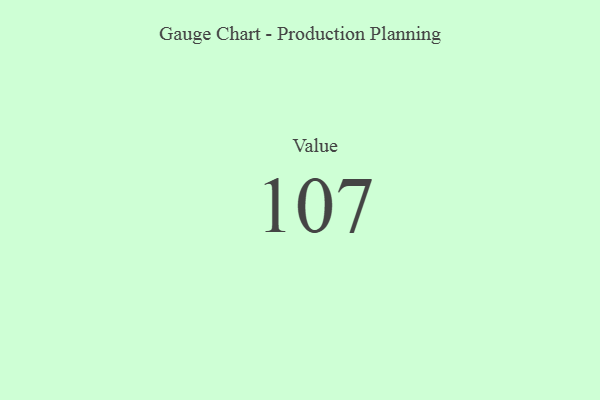
{"axis": {"x": "Metric", "y": "Value"}, "legend": [""], "data": [{"x": "Value", "y": 107, "type": ""}]}